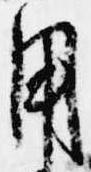
用